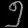
Digit: ၅